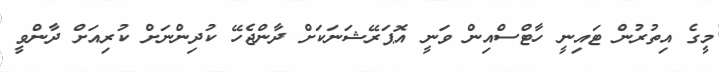
މީގެ އިތުރުން ޓައިނީ ހާޓްސްއިން ވަނީ އޮޕަރޭޝަނަކަށް ދާންޖެހޭ ކުދިންނަށް ކުރިއަށް ދާންވީ